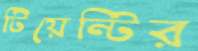
টিয়েন্টির